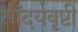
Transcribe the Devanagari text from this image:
सौंदर्यवृष्टी